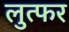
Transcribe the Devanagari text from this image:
लुत्फर